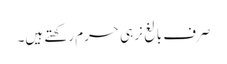
صرف بالغ نر ہی حرم رکھتے ہیں۔